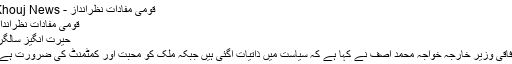
قومی مفادات نظرانداز - Khouj News
قومی مفادات نظرانداز
حیرت انگیز سالگرہ
وفاقی وزیر خارجہ خواجہ محمد آصف نے کہا ہے کہ سیاست میں ذاتیات آگئی ہیں جبکہ ملک کو محبت اور کمٹمنٹ کی ضرورت ہے ۔